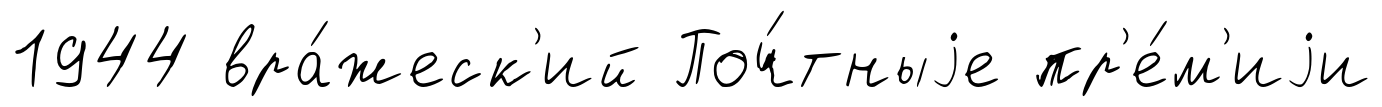
1944 вра́жеск'ий Поч́тныjе пр'е́м'иjи